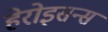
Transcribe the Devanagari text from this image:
हेरोइसन्स